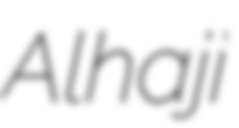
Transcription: Alhaji